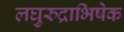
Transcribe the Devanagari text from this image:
लघुरुद्राभिषेक